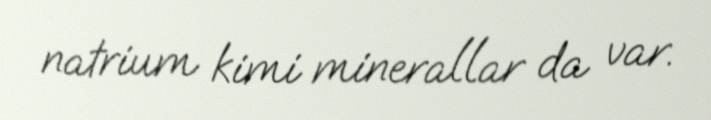
natrium kimi minerallar da var.